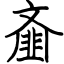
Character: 齑